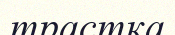
трастқа